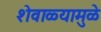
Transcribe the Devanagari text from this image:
शेवाळ्यामुळे